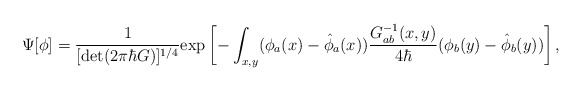
\begin{align*}\Psi [\phi] = \frac{{ 1}}{[{\rm \det}(2\pi \hbar G)]^{1/4}} {\rm \exp} \left [ - \int_{ x,y} ( \phi_{a} (x)- {\hat{\phi}}_a (x) ) \frac{{ G_{ab}^{-1} (x,y) }}{ 4 \hbar } (\phi_{b} (y)- {\hat{\phi}}_b (y) ) \right ] ,\end{align*}